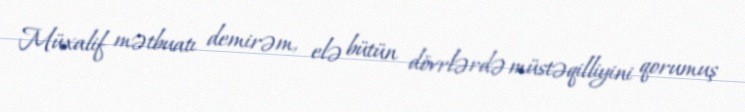
Müxalif mətbuatı demirəm, elə bütün dövrlərdə müstəqilliyini qorumuş